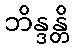
ဘိန္ဒန္တိ